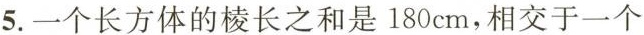
5. 一个长方体的棱长之和是180cm，相交于一个